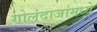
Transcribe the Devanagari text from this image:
गोलंदाजांमध्ये